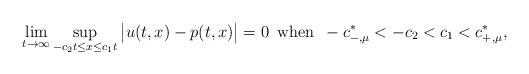
LaTeX: \begin{align*}\lim_{t\to\infty}\sup_{-c_2t\leq x\leq c_1t} \big|u(t,x)-p(t,x)\big|=0\,\hbox{ when }\, -c^*_{-,\mu}< -c_2<c_1<c^*_{+,\mu},\end{align*}